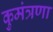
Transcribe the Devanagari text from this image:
कुमंत्रणा